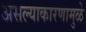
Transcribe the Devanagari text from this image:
असल्याकारणामुळे